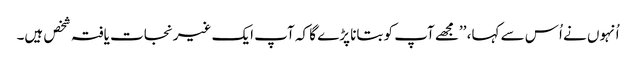
اُنہوں نے اُس سے کہا، ’’مجھے آپ کو بتانا پڑے گا کہ آپ ایک غیرنجات یافتہ شخص ہیں۔